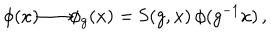
\phi ( x ) { \longrightarrow } \phi _ { g } ( x ) = \mathrm { S } ( g , x ) \, \phi ( g ^ { - 1 } x ) \, ,